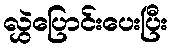
လွှဲပြောင်းပေးပြီး